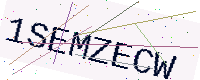
Text: 1SEMZECW